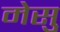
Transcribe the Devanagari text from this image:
मेसु